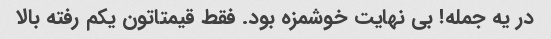
در یه جمله! بی نهایت خوشمزه بود. فقط قیمتاتون یکم رفته بالا